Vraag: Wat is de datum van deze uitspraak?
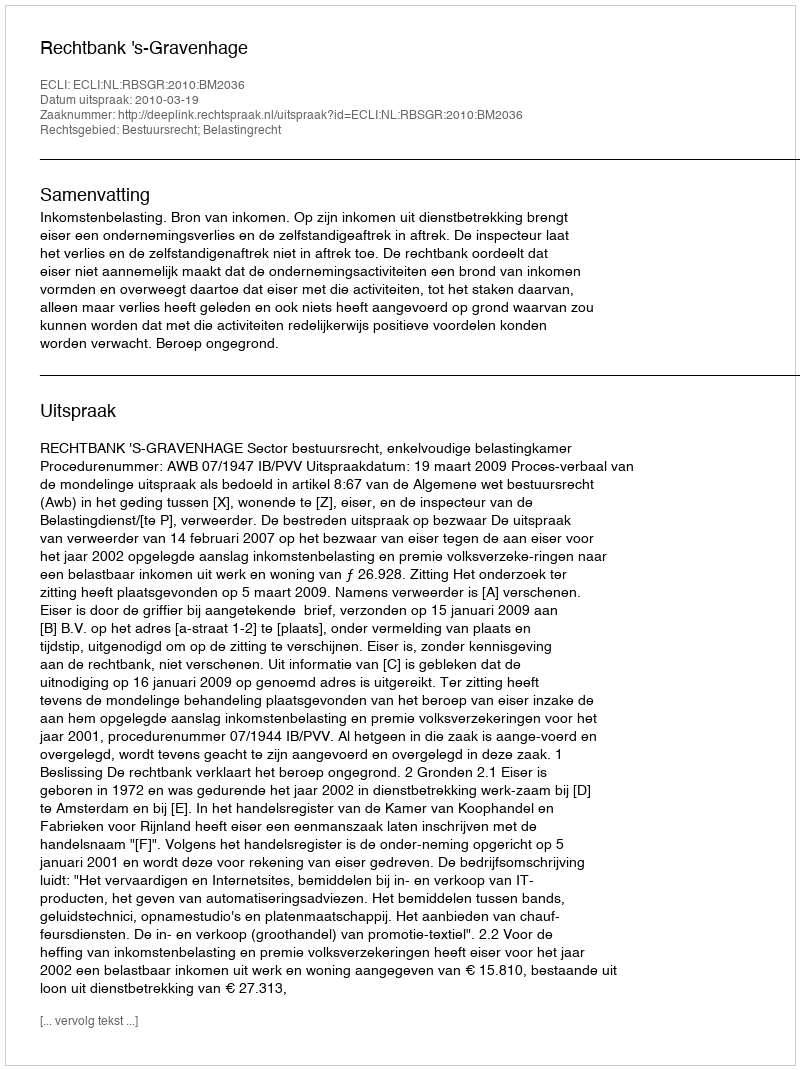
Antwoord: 2010-03-19